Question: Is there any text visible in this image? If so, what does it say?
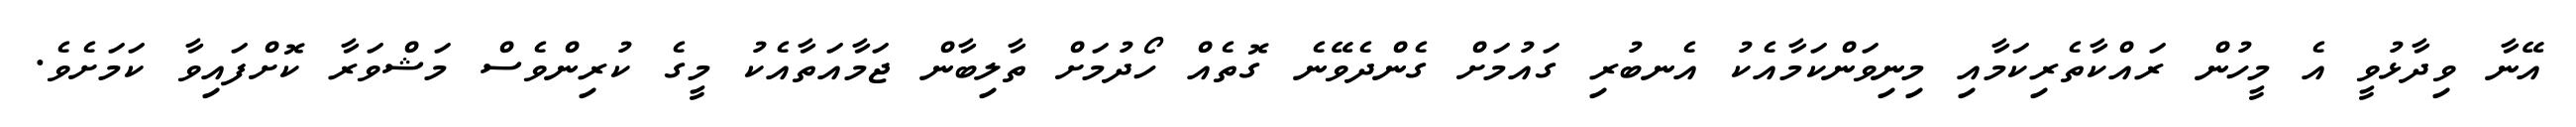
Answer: އޭނާ ވިދާޅުވީ އެ މީހުން ރައްކާތެރިކަމާއި މިނިވަންކަމާއެކު އެނބުރި ގައުމަށް ގެންދެވޭނެ ގޮތެއް ހޯދުމަށް ތާލިބާން ޖަމާއަތާއެކު މީގެ ކުރިންވެސް މަޝްވަރާ ކޮށްފައިވާ ކަމަށެވެ.